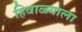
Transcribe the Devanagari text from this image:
हिवाळ्याला